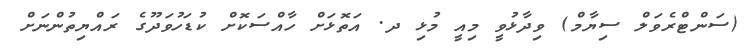
(ސަންޓްރެވަލް ސިޔާމް) ވިދާޅުވީ މިއީ މުޅި ދ. އަތޮޅަށް ހާއްސަކޮށް ކުޑަހުވަދޫގެ ރައްޔިތުންނަށް